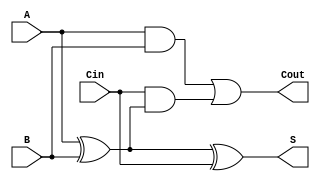
module TransmissionGateFullAdder (
    input wire A,      // First input bit
    input wire B,      // Second input bit
    input wire Cin,    // Carry input bit
    output wire S,     // Sum output bit
    output wire Cout   // Carry output bit
);

    wire AB, A_xor_B, Cin_xor_A_B;

    // Intermediate signals
    // A XOR B
    assign A_xor_B = A ^ B;

    // Sum output S = A XOR B XOR Cin
    assign S = A_xor_B ^ Cin;

    // Carry output Cout = (A AND B) OR (Cin AND (A XOR B))
    assign AB = A & B; // A AND B
    assign Cin_xor_A_B = Cin & A_xor_B; // Cin AND (A XOR B)
    assign Cout = AB | Cin_xor_A_B; // OR operation

endmodule